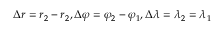
\Delta r = r _ { 2 } - r _ { 2 } , \Delta \varphi = \varphi _ { 2 } - \varphi _ { 1 } , \Delta \lambda = \lambda _ { 2 } = \lambda _ { 1 }